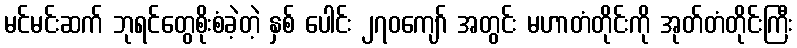
မင်မင်းဆက် ဘုရင်တွေစိုးစံခဲ့တဲ့ နှစ် ပေါင်း ၂၇၀ကျော် အတွင်း မဟာတံတိုင်းကို အုတ်တံတိုင်းကြီး